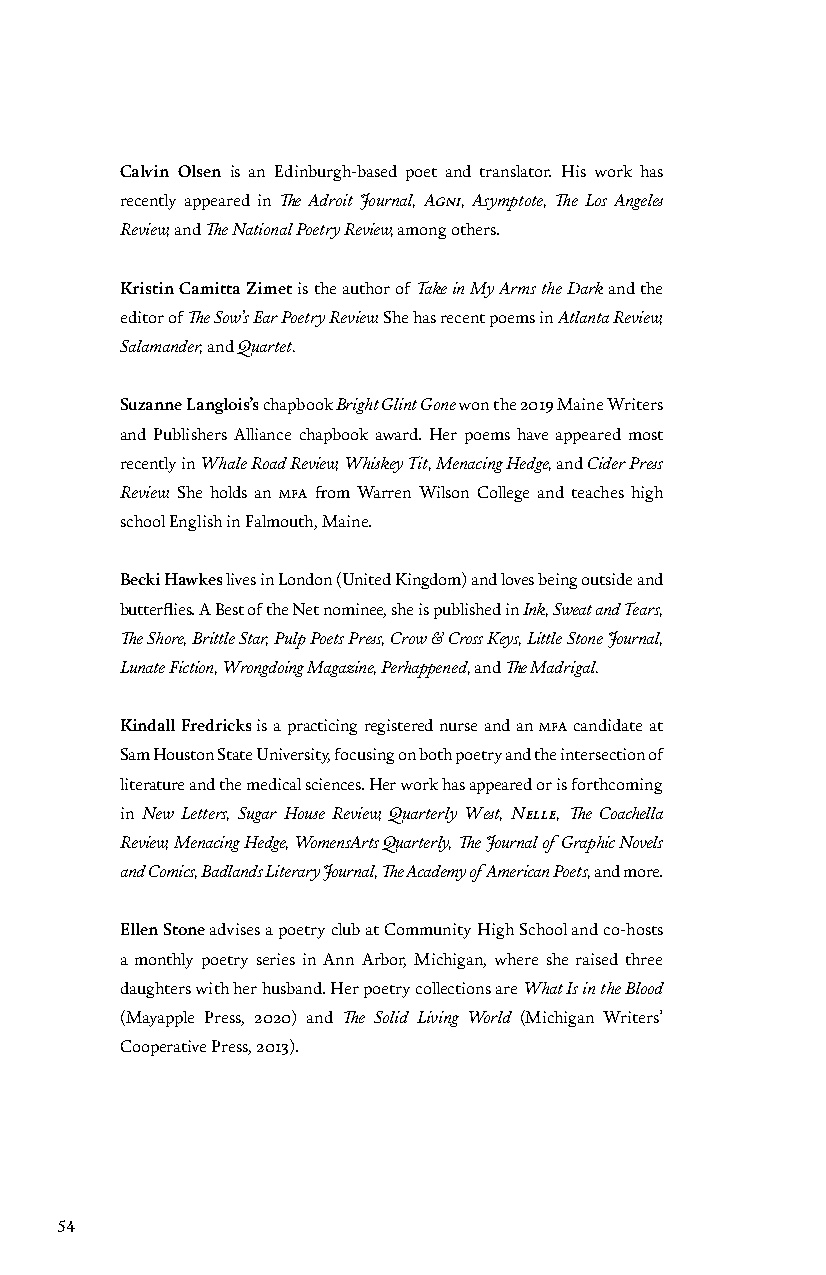
Calvin Olsen is an Edinburgh-based poet and translator. His work has
 recently appeared in The Adroit Journal, Agni, Asymptote, The Los Angeles
 Review, and The National Poetry Review, among others.
 Kristin Camitta Zimet is the author of Take in My Arms the Dark and the
 editor of The Sow’s Ear Poetry Review. She has recent poems in Atlanta Review,
 Salamander, and Quartet.
 Suzanne Langlois’s chapbook Bright Glint Gone won the 2019 Maine Writers
 and Publishers Alliance chapbook award. Her poems have appeared most
 recently in Whale Road Review, Whiskey Tit, Menacing Hedge, and Cider Press
 Review. She holds an mfa from Warren Wilson College and teaches high
 school English in Falmouth, Maine.
 Becki Hawkes lives in London (United Kingdom) and loves being outside and
 butterflies. A Best of the Net nominee, she is published in Ink, Sweat and Tears,
 The Shore, Brittle Star, Pulp Poets Press, Crow & Cross Keys, Little Stone Journal,
 Lunate Fiction, Wrongdoing Magazine, Perhappened, and The Madrigal.
 Kindall Fredricks is a practicing registered nurse and an mfa candidate at
 Sam Houston State University, focusing on both poetry and the intersection of
 literature and the medical sciences. Her work has appeared or is forthcoming
 in New Letters, Sugar House Review, Quarterly West, Nelle, The Coachella
 Review, Menacing Hedge, WomensArts Quarterly, The Journal of Graphic Novels
 and Comics, Badlands Literary Journal, The Academy of American Poets, and more.
 Ellen Stone advises a poetry club at Community High School and co-hosts
 a monthly poetry series in Ann Arbor, Michigan, where she raised three
 daughters with her husband. Her poetry collections are What Is in the Blood
 (Mayapple Press, 2020) and The Solid Living World (Michigan Writers’
 Cooperative Press, 2013).
 54